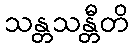
သန္တသန္တီတိ